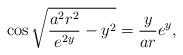
LaTeX: \begin{align*}\cos \sqrt{\frac{a^{2}r^{2}}{e^{2y}}-y^{2}}=\frac{y}{ar}e^{y},\end{align*}